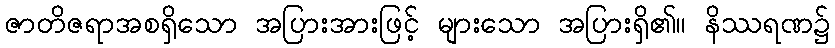
ဇာတိဇရာအစရှိသော အပြားအားဖြင့် များသော အပြားရှိ၏။ နိဿရဏ၌